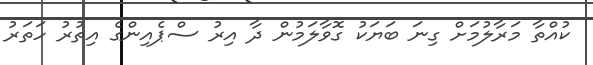
ކުއްތާ މަރާލުމަށް ގިނަ ބަޔަކު ގޮވާލަމުން ދާ އިރު ސްޕެއިންގެ އިތުރު ހަތަރު